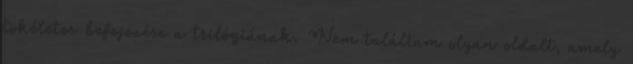
tökéletes befejezése a trilógiának. Nem találtam olyan oldalt, amely